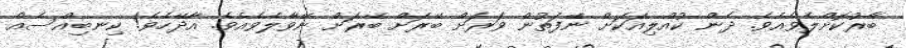
ބާރުކޮށްލެވެއެވެ. ދެން ކުއްލިއަކަށް ނޭފަތުން ވަރަށް ބޭރަށް ބޭރަށް ނޭވާލެވެއެވެ. އާދޭހެވެ! ކިނބިއްސެއް